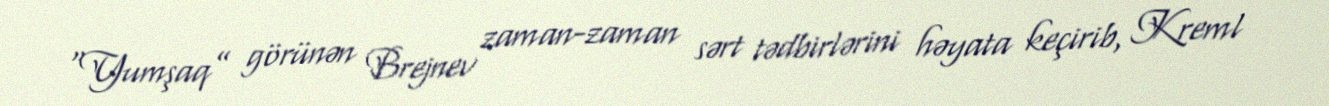
“Yumşaq” görünən Brejnev zaman-zaman sərt tədbirlərini həyata keçirib, Kreml